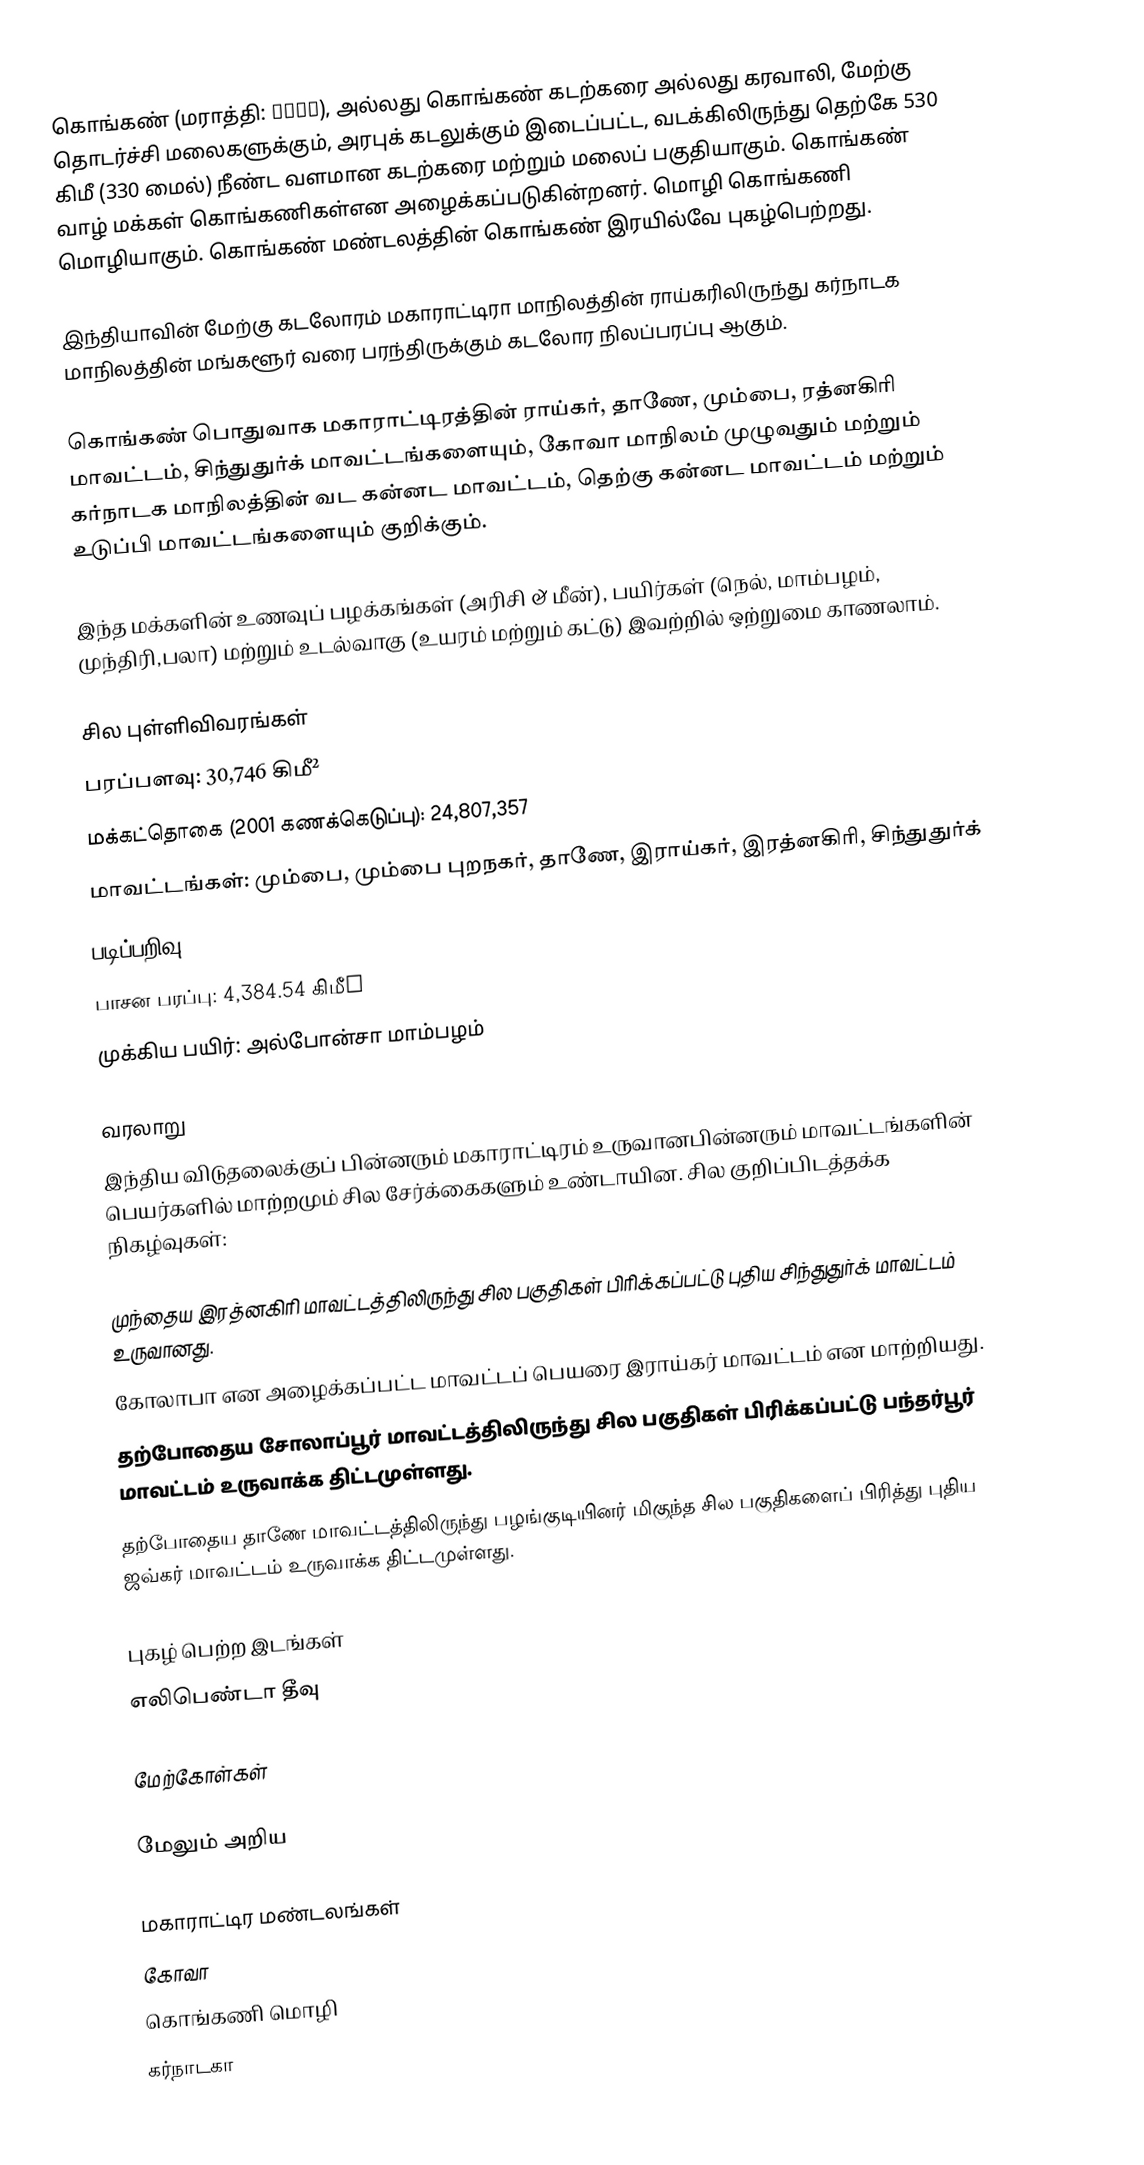
கொங்கண் (மராத்தி: कोकण), அல்லது கொங்கண் கடற்கரை அல்லது கரவாலி, மேற்கு தொடர்ச்சி மலைகளுக்கும், அரபுக் கடலுக்கும் இடைப்பட்ட, வடக்கிலிருந்து தெற்கே  530 கிமீ (330 மைல்) நீண்ட வளமான கடற்கரை மற்றும் மலைப் பகுதியாகும். கொங்கண் வாழ் மக்கள்  கொங்கணிகள்என அழைக்கப்படுகின்றனர். மொழி கொங்கணி மொழியாகும். கொங்கண் மண்டலத்தின் கொங்கண் இரயில்வே புகழ்பெற்றது.

இந்தியாவின் மேற்கு கடலோரம் மகாராட்டிரா மாநிலத்தின் ராய்கரிலிருந்து கர்நாடக மாநிலத்தின் மங்களூர் வரை பரந்திருக்கும் கடலோர நிலப்பரப்பு ஆகும்.

கொங்கண் பொதுவாக மகாராட்டிரத்தின் ராய்கர், தாணே, மும்பை, ரத்னகிரி மாவட்டம், சிந்துதுர்க் மாவட்டங்களையும், கோவா மாநிலம் முழுவதும் மற்றும் கர்நாடக மாநிலத்தின் வட கன்னட மாவட்டம், தெற்கு கன்னட மாவட்டம் மற்றும் உடுப்பி மாவட்டங்களையும் குறிக்கும்.

இந்த மக்களின் உணவுப் பழக்கங்கள் (அரிசி & மீன்), பயிர்கள் (நெல், மாம்பழம், முந்திரி,பலா) மற்றும் உடல்வாகு (உயரம் மற்றும் கட்டு) இவற்றில் ஒற்றுமை காணலாம்.

சில புள்ளிவிவரங்கள்
 பரப்பளவு: 30,746 கிமீ²
 மக்கட்தொகை (2001 கணக்கெடுப்பு): 24,807,357
 மாவட்டங்கள்: மும்பை, மும்பை புறநகர், தாணே, இராய்கர், இரத்னகிரி, சிந்துதுர்க்
 படிப்பறிவு: 81.36%
 பாசன பரப்பு: 4,384.54 கிமீ²
 முக்கிய பயிர்: அல்போன்சா மாம்பழம்

வரலாறு
இந்திய விடுதலைக்குப் பின்னரும் மகாராட்டிரம் உருவானபின்னரும் மாவட்டங்களின் பெயர்களில் மாற்றமும் சில சேர்க்கைகளும் உண்டாயின. சில குறிப்பிடத்தக்க நிகழ்வுகள்:

 முந்தைய இரத்னகிரி மாவட்டத்திலிருந்து சில பகுதிகள் பிரிக்கப்பட்டு புதிய சிந்துதுர்க் மாவட்டம் உருவானது.
 கோலாபா என அழைக்கப்பட்ட மாவட்டப் பெயரை இராய்கர் மாவட்டம் என மாற்றியது.
தற்போதைய சோலாப்பூர் மாவட்டத்திலிருந்து சில பகுதிகள் பிரிக்கப்பட்டு பந்தர்பூர் மாவட்டம் உருவாக்க திட்டமுள்ளது.
 தற்போதைய தாணே மாவட்டத்திலிருந்து பழங்குடியினர் மிகுந்த சில பகுதிகளைப் பிரித்து புதிய ஜவ்கர் மாவட்டம் உருவாக்க திட்டமுள்ளது.

புகழ் பெற்ற இடங்கள்
 எலிபெண்டா தீவு

மேற்கோள்கள்

மேலும் அறிய

மகாராட்டிர மண்டலங்கள்
கோவா
கொங்கணி மொழி
கர்நாடகா